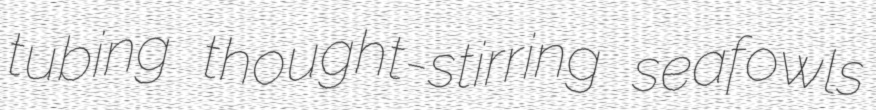
tubing thought-stirring seafowls